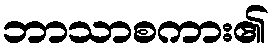
ဘာသာစကား၏